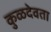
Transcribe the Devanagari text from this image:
कुळदेवता